Report of the Indian Hemp Drugs Commission, 1894-1895 - Volume VI
Year: 1894
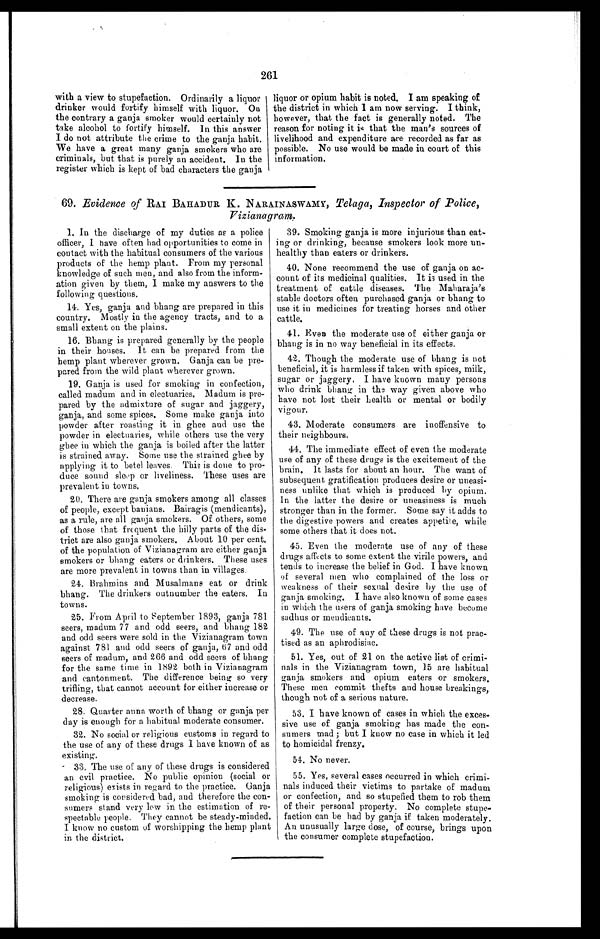
261
with a view to stupefaction. Ordinarily a liquor
drinker would fortify himself with liquor. On
the contrary a ganja smoker would certainly not
take alcohol to fortify himself. In this answer
I do not attribute the crime to the ganja habit.
We have a great many ganja smokers who are
criminals, but that is purely an accident. In the
register which is kept of bad characters the ganja
liquor or opium habit is noted. I am speaking of
the district in which 1 am now serving. I think,
however, that the fact is generally noted. The
reason for noting it is that the man's sources of
livelihood and expenditure are recorded as far as
possible. No use would be made in court of this
information.
69. Evidence of RAI BAHADUR K. NARAINASWAMY, Telaga, Inspector of Police,
Vizianagram.
1. In the discharge of my duties as a police
officer, I have often had opportunities to come in
contact with the habitual consumers of the various
products of the hemp plant. From my personal
knowledge of such men, and also from the inform-
ation given by them, I make my answers to the
following questions.
14. Yes, ganja and bhang are prepared in this
country. Mostly in the agency tracts, and to a
small extent on the plains.
16. Bhang is prepared g enerally by the people
in their houses, It can be prepared from the
hemp plant wherever grown. Ganja can be pre-
pared from the wild plant wherever grown.
19. Ganja is used for smoking in confection,
called madum and in electuaries. Madum is pre-
pared by the admixture of sugar and jaggery,
ganja, and some spices. Some make ganja into
powder after roasting it in ghee and use the
powder in electuaries, while others use the very
ghee in which the ganja is boiled after the latter
is strained away. Some use the strained ghee by
applying it to betel leaves. This is done to pro-
duce sound sleep or liveliness. These uses are
prevalent in towns.
20. There are ganja smokers among all classes
of people, except banians. Bairagis (mendicants),
as a rule, are all ganja smokers. Of others, some
of those that frequent the hilly parts of the dis-
trict are also ganja, smokers, About 10 per cent,
of the population of Vizianagram are either ganja
smokers or bhang eaters or drinkers. These uses
are more prevalent in towns than in villages.
24. Brahmins and Musalmans eat or drink
bhang. The drinkers outnumber the eaters. In
towns.
25. From April to September 1893, ganja 781
seers, madum 77 and odd seers, and bhang 182
and odd seers were sold in the Vizianagram town
against. 781 and odd seers of ganja, 67 and odd
seers of madum, and 266 and odd seers of bhang
for the same time in 1892 both in Vizianagram
and cantonment. The difference being so very
trifling, that cannot account for either increase or
decrease.
28. Quarter anna worth of bhang or ganja per
day is enough for a habitual moderate consumer.
32. No social or religious customs in regard to
the use of any of these drugs I have known of as
existing.
33. The use of any of these drugs is considered
an evil practice. No public opinion (social or
religious) exists in regard to the practice. Ganja
smoking is considered bad, and therefore the con-
sumers stand very low in the estimation of re-
spectable people. They cannot be steady-minded.
I know no custom of worshipping the hemp plant
in the district.
39. Smoking ganja is more injurious than eat-
ing or drinking, because smokers look more un--
healthy than eaters or drinkers.
40. None recommend the use of ganja on ac-
count of its medicinal qualities. It is used in the
treatment of cattle diseases. The Maharaja's
stable doctors often purchased ganja or bhang to
use it in medicines for treating horses and other
cattle.
41. Even the moderate use of either ganja or
bhang is in no way beneficial in its effects.
42. Though the moderate use of bhang is not
beneficial, it is harmless if taken with spices, milk,
sugar or jaggery. I have known many persons
Who drink bhang in the way given above who
have not lost their health or mental or bodily
vigour.
43. Moderate consumers are inoffensive to
their neighbours.
44. The immediate effect of even the moderate
use of any of these drugs is the excitement of the
brain, It lasts for about an hour. The want of
subsequent gratification produces desire or uneasi-
ness unlike that which is produced by opium.
In the latter the desire or uneasiness is much
stronger than in the former. Some say it adds to
the digestive powers and creates appetite, while
some others that it does not.
45. Even the moderate use of any of these
drugs affects to some extent the virile powers, and
tends to increase the belief in God. I have known
of several men who complained of the loss or
weakness of their sexual desire by the use of
ganja smoking. I have also known of some cases
in which the users of ganja smoking have become
sadhus or mendicants.
49. The use of any of these drugs is not prac-
- t i s e d a s a n a p h r o d i s i a c .
51. Yes, out of 21 on the active list of crimi--
nals in the Vizianagram town, 15 are habitual
ganja smokers and opium eaters or smokers,
These men commit thefts and house breakings,
though not of a serious nature.
53. I have known of cases in which the exces-
sive use of ganja smoking has made the con-
sumers mad ; but I know no case in which it led
to homicidal frenzy.
5 4 . N o n e v e r .
55. Yes, several cases occurred in which crimi--
nals induced their victims to partake of madum
or confection, and so stupefied them to rob them
of their personal property. No complete stupe--
faction can be had by ganja if taken moderately.
An unusually large dose, of course, brings upon
the consumer complete stupefaction.